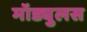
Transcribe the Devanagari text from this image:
मॉड्युलस